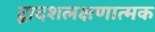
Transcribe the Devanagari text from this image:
द्वादशलक्षणात्मक